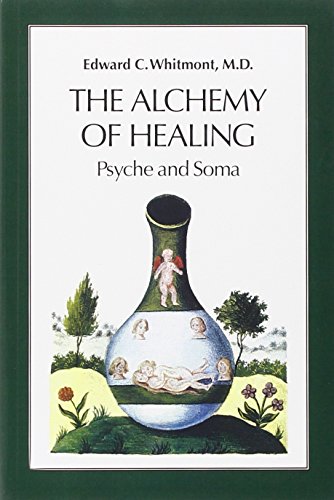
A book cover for The Alchemy of Healing: Psyche and Soma; Edward C. Whitmont MD; Health, Fitness & Dieting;